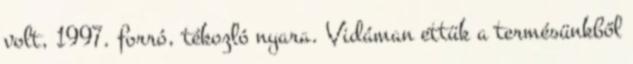
volt, 1997. for­ró, tékozló nya­ra. Vidáman ettük a termésünkből